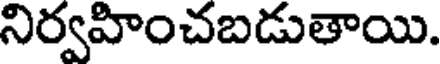
నిర్వహించబడుతాయి.